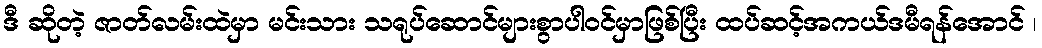
ဒီ ဆိုတဲ့ ဇာတ်လမ်းထဲမှာ မင်းသား သရုပ်ဆောင်များစွာပါဝင်မှာဖြစ်ပြီး ထပ်ဆင့်အကယ်ဒမီရန်အောင် ၊